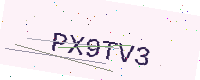
Text: PX9TV3